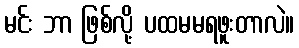
မင်း ဘာ ဖြစ်လို့ ပထမမရဖူးတာလဲ။